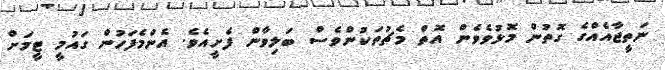
ނަތީޖާއެއްގެ ގޮތުން މޮޅުވެވެން އޮތް މެޗުތަކުންވެސް ބަލިވާން ފެށީއެވެ. އެންމެފަހުން ގައުމީ ޓީމަށް